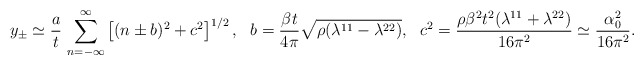
\begin{align*}y_\pm \simeq \frac{a}{t} \, \sum_{n=-\infty }^{\infty} \left[ (n\pm b)^2+c^2 \right]^{1/2}, \ \ b=\frac{\beta t}{4\pi}\sqrt{\rho(\lambda^{11}- \lambda^{22} )}, \ \ c^2= \frac{\rho \beta^2 t^2(\lambda^{11}+ \lambda^{22} )}{16\pi^2} \simeq\frac{\alpha_0^2}{16\pi^2}.\end{align*}